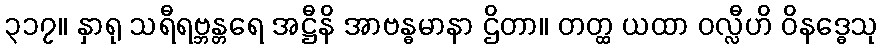
၃၁၇။ နှာရု သရီရဗ္ဘန္တရေ အဋ္ဌီနိ အာဗန္ဓမာနာ ဌိတာ။ တတ္ထ ယထာ ဝလ္လီဟိ ဝိနဒ္ဓေသု